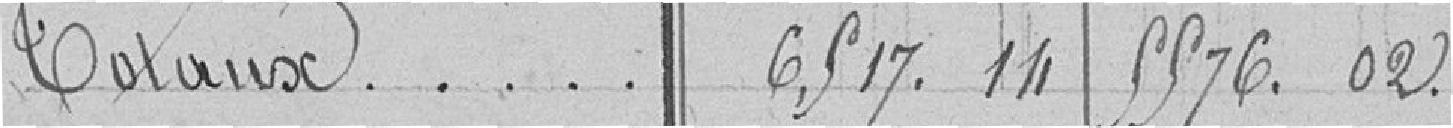
Totaux . . . . . 6,517.14 5576.02.